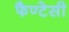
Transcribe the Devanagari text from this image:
फैण्टेसी